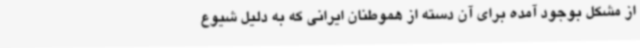
از مشکل بوجود آمده برای آن دسته از هموطنان ایرانی که به دلیل شیوع